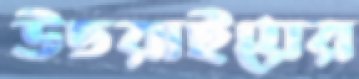
উতরাইয়ের